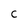
Character: C